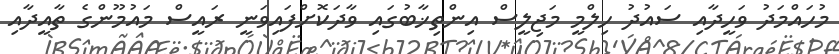
މުހައްމަދު ވަހީދާއި ސައުދު ހިލްމީ މަޖިލީސް އިންތިޚާބުގައި ވާދަކޮށްފައިވަނީ ރައީސް މައުމޫންގެ ތާއީދާއި